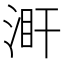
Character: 𣵼